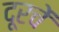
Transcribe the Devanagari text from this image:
दूरचें